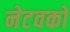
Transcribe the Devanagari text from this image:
नेटवकों